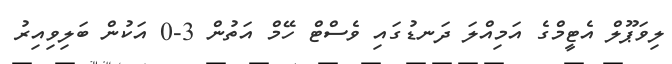
ލިވަޕޫލް އެޓީމްގެ އަމިއްލަ ދަނޑުގައި ވެސްޓް ހޭމް އަތުން 3-0 އަކުން ބަލިވިއިރު